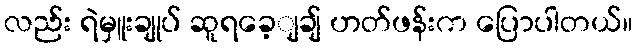
လည်း ရဲမှူးချုပ် ဆူရခေ့ျချ် ဟတ်ဖန်းက ပြောပါတယ်။